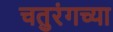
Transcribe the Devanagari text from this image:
चतुरंगच्या